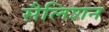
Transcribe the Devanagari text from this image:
सैलिशन